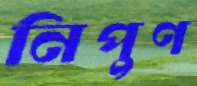
নিপুণ